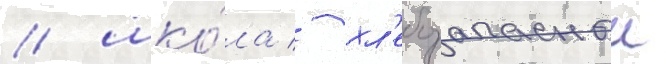
/ шко́ла / хл'ебозапасныи